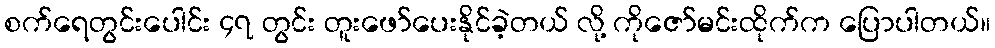
စက်ရေတွင်းပေါင်း ၄၇ တွင်း တူးဖော်ပေးနိုင်ခဲ့တယ် လို့ ကိုဇော်မင်းထိုက်က ပြောပါတယ်။